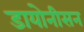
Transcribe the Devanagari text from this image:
डायोनीसन